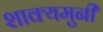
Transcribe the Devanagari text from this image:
शाक्यमुनी